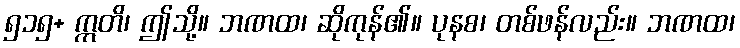
၅၁၅+ ဣတိ၊ ဤသို့။ ဘဏထ၊ ဆိုကုန်၏။ ပုနစ၊ တစ်ဖန်လည်း။ ဘဏထ၊